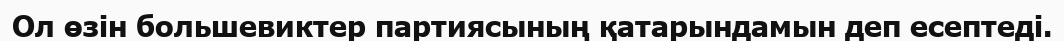
Ол өзін большевиктер партиясының қатарындамын деп есептеді.